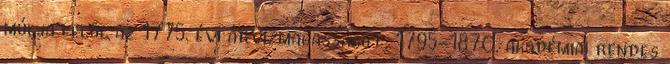
múlja felül az 1775. évi árvízmagasságot. 1795-1870, akadémiai rendes